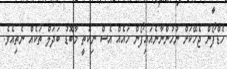
ހެޑްފޯން ޖެހޭކަށް ނުހުންނާނެއައިފޯން ހައެއް އެސް ނިކުތީ މާބޮޑު ބަދަލް ތަކެއް ނެތިއެވެ.